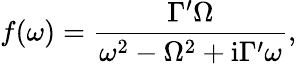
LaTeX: f(\omega)=\frac{\Gamma^{\prime}\Omega}{\omega^{2}-\Omega^{2}+\mathrm{i}\Gamma^{\prime}\omega},